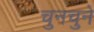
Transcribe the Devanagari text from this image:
चुनचुने